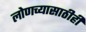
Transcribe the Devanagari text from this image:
लोणच्यासाठीही